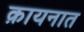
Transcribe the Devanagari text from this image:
क़ायनात